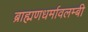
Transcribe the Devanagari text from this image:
ब्राह्मणधर्मावलम्बी